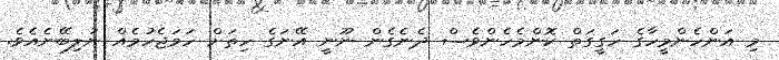
މި އަންހެންމީހާގެ ހަގީގަތް ކޮންމެހެންވެސް ދެނެގެން ނޫނީ އޭނަގެ ހިތަށް ހަމަޖެހުމެއް ނުލިބޭނެއެވެ.